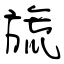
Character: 旒